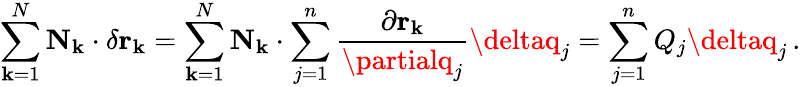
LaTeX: \sum_{\mathbf{k}=1}^{N}\mathbf{{N}}_{\mathbf{k}}\cdot\delta\mathbf{{r}}_{\mathbf{k}}=\sum_{\mathbf{k}=1}^{N}\mathbf{{N}}_{\mathbf{k}}\cdot\sum_{j=1}^{n}{\frac{{\partial\mathbf{{r}}_{\mathbf{k}}}}{{\partialq_{j}}}}\deltaq_{j}=\sum_{j=1}^{n}Q_{j}\deltaq_{j}\, .